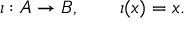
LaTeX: \iota : A \rightarrow B , \qquad \iota ( x ) = x .